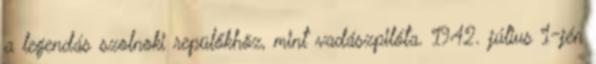
a legendás szolnoki repülőkhöz, mint vadászpilóta. 1942. július 1-jén